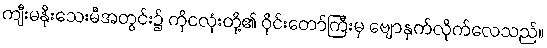
ကျီးမနိုးသေးမီအတွင်း၌ ကိုငလုံးတို့၏ ဝိုင်းတော်ကြီးမှ ဗျောနှက်လိုက်လေသည်။